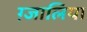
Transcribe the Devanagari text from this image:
ग़्जालिया